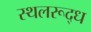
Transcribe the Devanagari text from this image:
स्थलरूद्ध